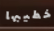
خطيبها